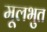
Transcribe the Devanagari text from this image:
मूलभुत